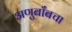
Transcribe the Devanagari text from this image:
अणुबाँबचा